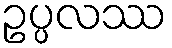
ဥပ္ပလဿ